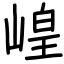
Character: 崲